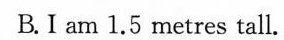
B. I am 1.5 metres tall.